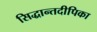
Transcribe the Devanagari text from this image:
सिद्धान्तदीपिका